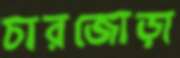
চারজোড়া